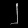
Digit: ၂